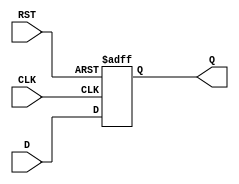
// Name: dff.v
// Module: DFF
// Input: CLK - clock
//        D - data
//        RST - reset
//       
// Output: Q - hold value of D at positive clock edge
//
// Notes: Simple D flipflop
// 
//
// Revision History:
//
// Version	Date		Who		email			note
//------------------------------------------------------------------------------------------
//  1.0     Sep 07, 2014	Kaushik Patra	kpatra@sjsu.edu		Initial creation
//------------------------------------------------------------------------------------------
//
module DFF(Q, D, CLK, RST);
// input list
input D, CLK, RST;
// output list
output Q;

reg Q;
// Whenever RST change or at -ve edge of clock
always @ (posedge RST or negedge CLK)
begin
    if (RST)
       Q = 1'b0;
    else
       Q = D;
end

endmodule